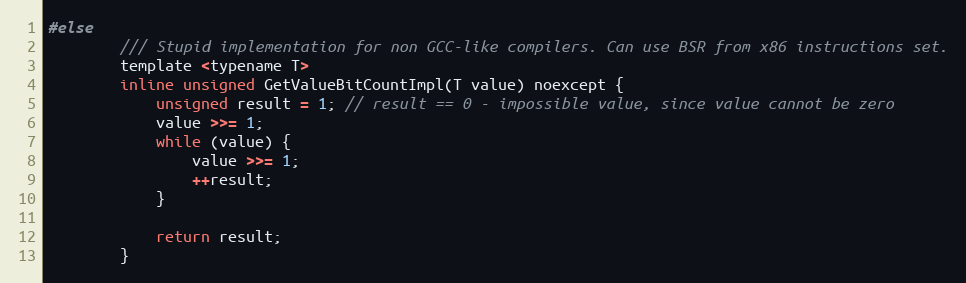
Language: C
#else
        /// Stupid implementation for non GCC-like compilers. Can use BSR from x86 instructions set.
        template <typename T>
        inline unsigned GetValueBitCountImpl(T value) noexcept {
            unsigned result = 1; // result == 0 - impossible value, since value cannot be zero
            value >>= 1;
            while (value) {
                value >>= 1;
                ++result;
            }

            return result;
        }